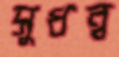
সুধন্ব